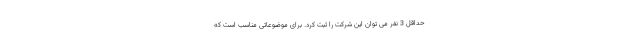
حداقل 3 نفر می توان این شرکت را ثبت کرد. برای موضوعاتی مناسب است که